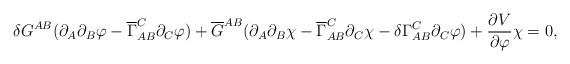
LaTeX: \begin{align*}\delta G^{A B} ( \partial_{A} \partial_{B} \varphi - \overline{\Gamma}_{A B }^{C} \partial_{C} \varphi) + \overline{G}^{A B} (\partial_{A } \partial_{B} \chi - \overline{\Gamma}_{A B }^{C} \partial_{C} \chi - \delta \Gamma_{A B }^{C} \partial_{C} \varphi) + \frac{\partial V}{\partial\varphi} \chi =0,\end{align*}